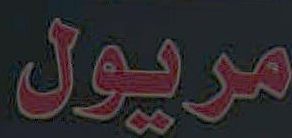
مريول